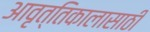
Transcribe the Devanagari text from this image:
आवृत्तिकालासाठी